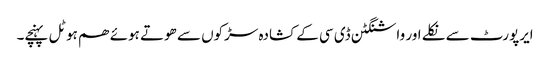
ایرپورٹ سے نکلے اور واشنگٹن ڈی سی کے کشادہ سڑکوں سے ھوتے ہوئے ھم ہوٹل پہنچے۔